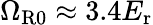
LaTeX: \Omega_{\mathrm{{R0}}}\approx 3.4E_{\mathrm{{r}}}